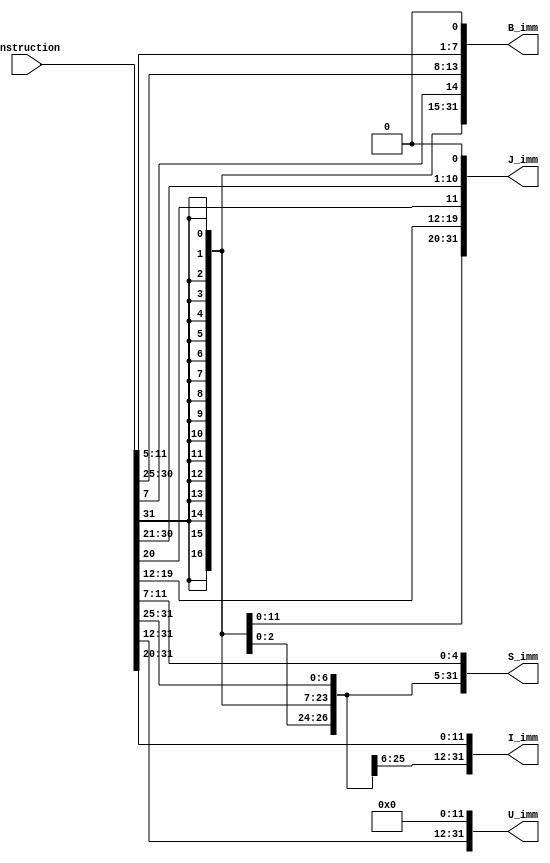
module Wire_module (
    Instruction,
    B_imm,
    J_imm,
    S_imm,
    U_imm,
    I_imm

);

input  [31:0] Instruction;
output [31:0] B_imm,J_imm,S_imm,U_imm,I_imm;

// sign extention imidiate value for B type 
assign B_imm={{20{Instruction[31]}},Instruction[7],Instruction[30:25],Instruction[11:5],1'b0};
// sign extention imidiate value for J type 
assign J_imm={{12{Instruction[31]}},Instruction[19:12],Instruction[20],Instruction[30:21],1'b0};
// sign extention imidiate value for S type 
assign S_imm={{21{Instruction[31]}},Instruction[30:25],Instruction[11:7]};
// sign extention imidiate value for U type 
assign U_imm={Instruction[31:12],{12{1'b0}}};
// sign extention imidiate value for R type 
assign I_imm={{21{Instruction[31]}},Instruction[30:20]};
    
endmodule